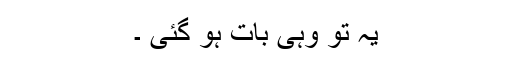
یہ تو وہی بات ہو گئی ۔